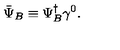
\bar { \Psi } _ { B } \equiv \Psi _ { B } ^ { \dagger } \gamma ^ { 0 } .